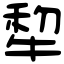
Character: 犂